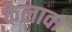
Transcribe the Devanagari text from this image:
केलावा